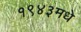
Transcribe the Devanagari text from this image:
१९४३मधे